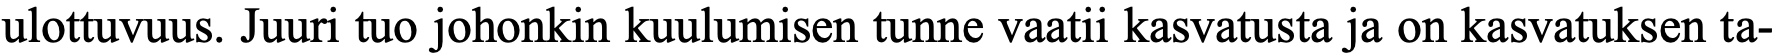
ulottuvuus. Juuri tuo johonkin kuulumisen tunne vaatii kasvatusta ja on kasvatuksen ta-